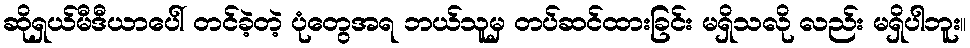
ဆိုရှယ်မီဒီယာပေါ် တင်ခဲ့တဲ့ ပုံတွေအရ ဘယ်သူမှ တပ်ဆင်ထားခြင်း မရှိသလို လည်း မရှိပါဘူး။